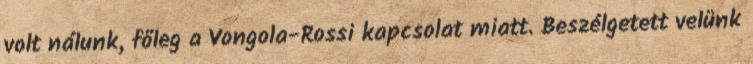
volt nálunk, főleg a Vongola-Rossi kapcsolat miatt. Beszélgetett velünk